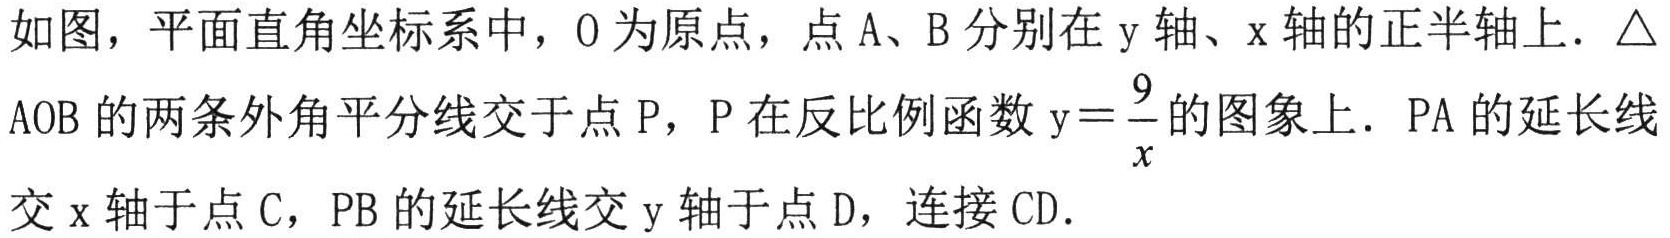
如图，平面直角坐标系中，\(O\)为原点，点\(A\)、\(B\)分别在\(y\)轴、\(x\)轴的正半轴上. \(\triangle AOB\)的两条外角平分线交于点\(P\)，\(P\)在反比例函数\(y = \frac{9}{x}\)的图象上. \(PA\)的延长线交\(x\)轴于点\(C\)，\(PB\)的延长线交\(y\)轴于点\(D\)，连接\(CD\).